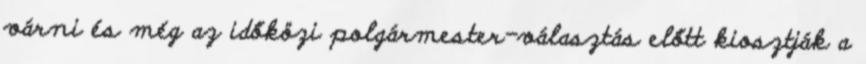
várni és még az időközi polgármester-választás előtt kiosztják a